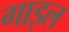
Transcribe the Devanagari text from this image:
गाइल